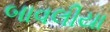
બાવલીયા